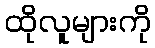
ထိုလူများကို